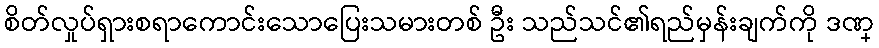
စိတ်လှုပ်ရှားစရာကောင်းသောပြေးသမားတစ် ဦး သည်သင်၏ရည်မှန်းချက်ကို ဒဏ္